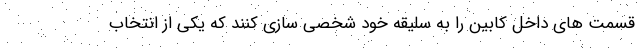
قسمت های داخل کابین را به سلیقه خود شخصی سازی کنند که یکی از انتخاب